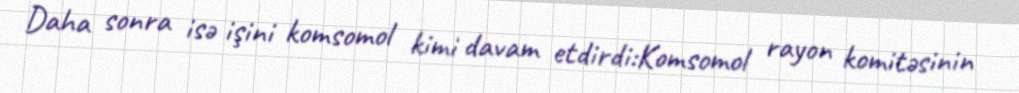
Daha sonra isə işini komsomol kimi davam etdirdi:Komsomol rayon komitəsinin